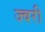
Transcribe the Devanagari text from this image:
ज्वरी